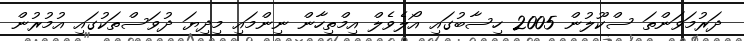
ދަރުމަވަންތަ ސްކޫލުން 2005 ހިސާބުގައި އޯލެވެލް އިމްތިހާން ނިންމައި މިދިޔަ ދުވަސްތަކުގައި އުމުރުން